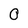
Character: 0